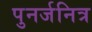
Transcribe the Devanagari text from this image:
पुनर्जनित्र